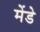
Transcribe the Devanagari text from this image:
मेंडे